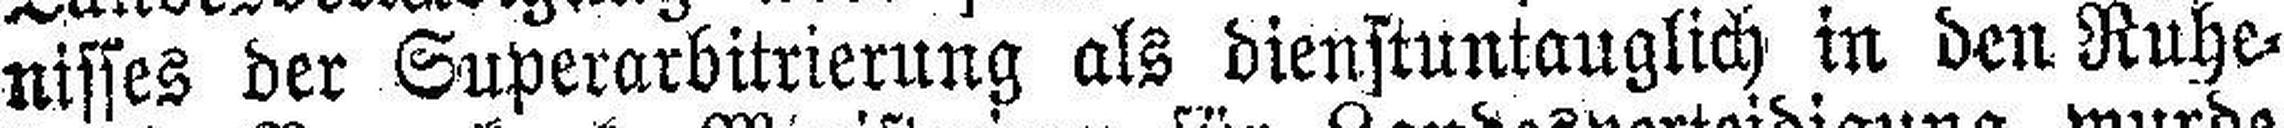
nisses der Superarbitrierung als dienstuntauglich in den Ruhe¬